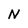
Character: N